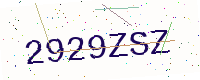
Text: 2929ZSZ